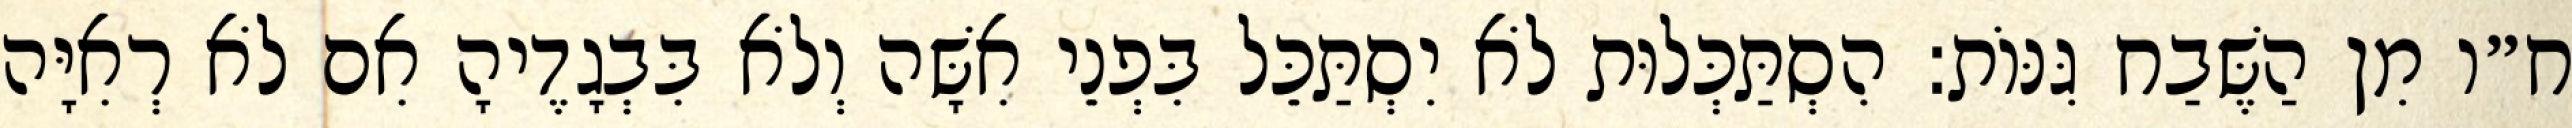
ח״ו מִן הַשֶּׁבַח גִּנּוֹת: הִסְתַּכְּלוּת לֹא יִסְתַּכֵּל בִּפְנֵי אִשָּׁה וְלֹא בִּבְגָדֶיהָ אִם לֹא רְאִיָּה